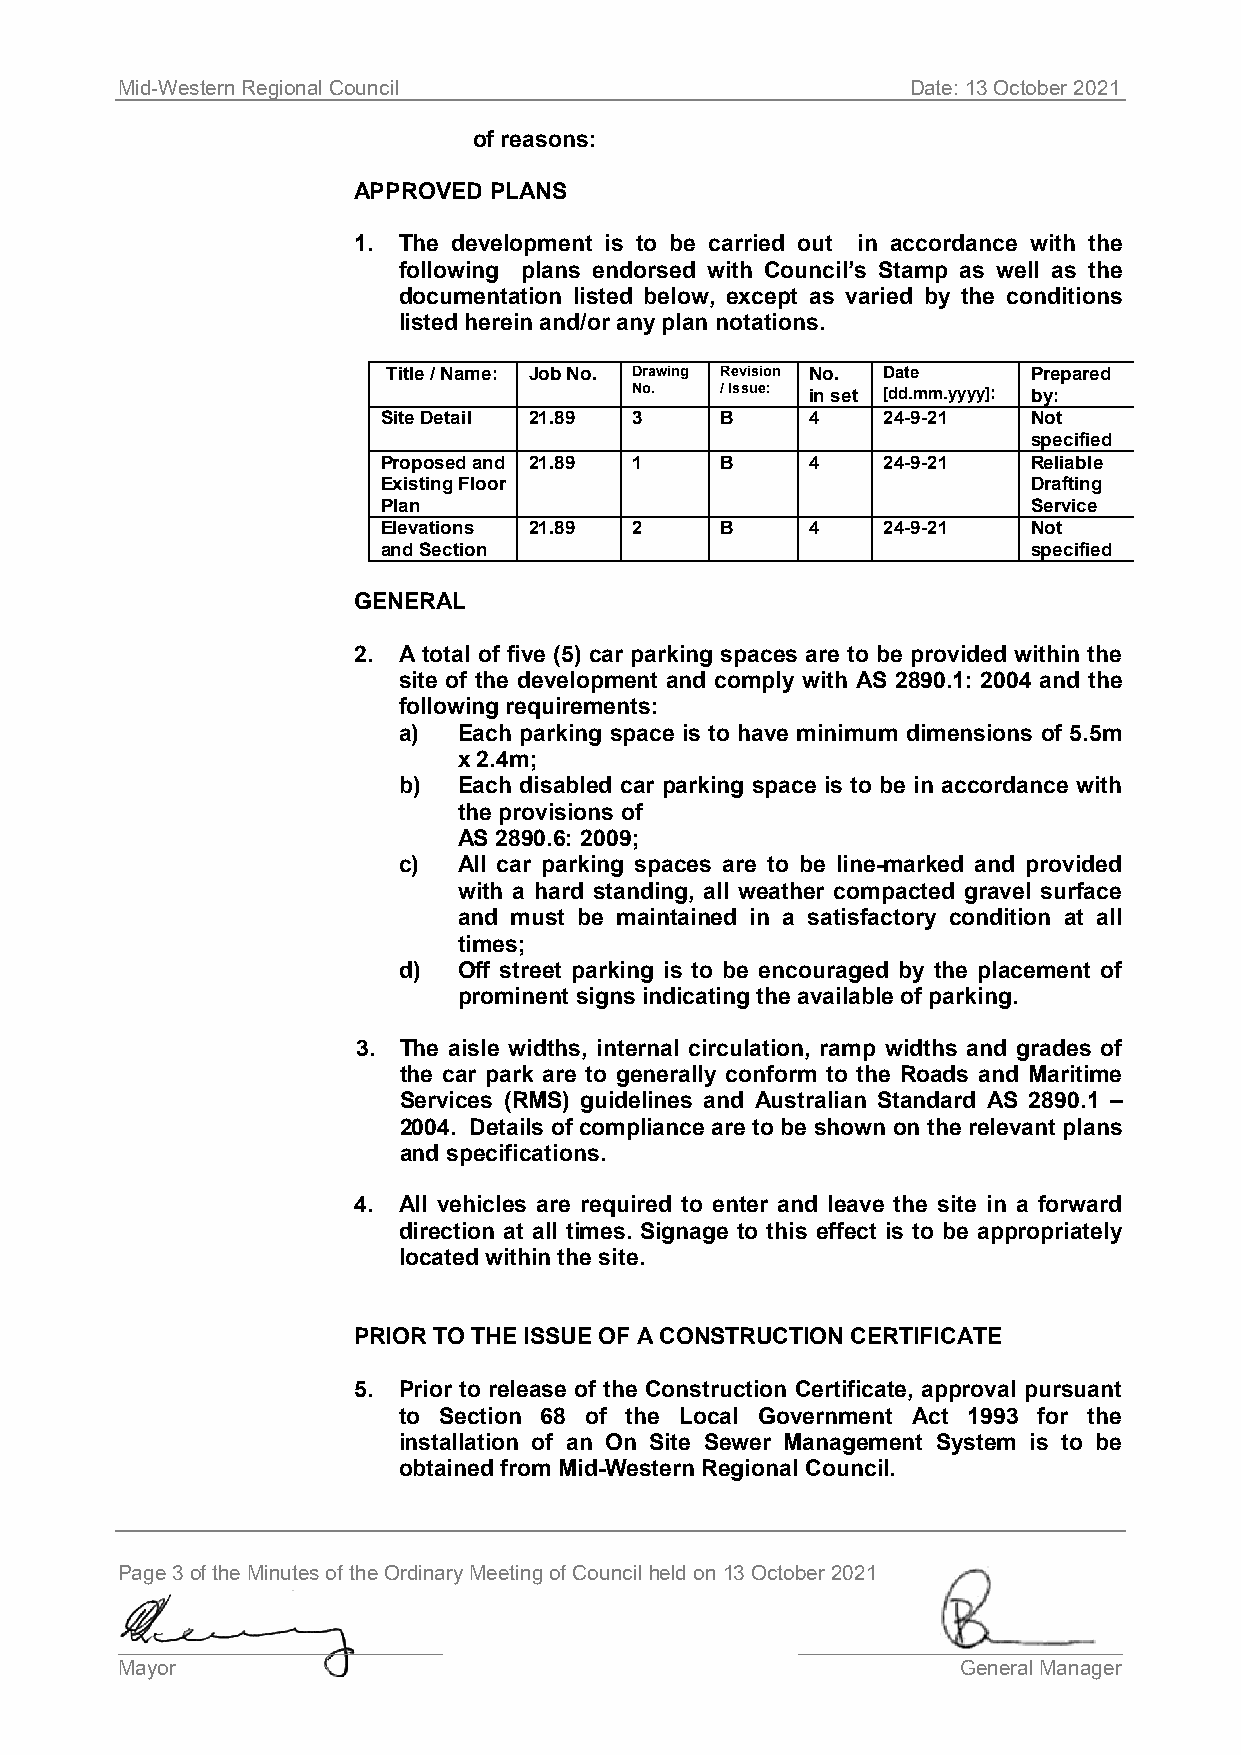
Mid-Western Regional Council                        Date: 13 October 2021
 of reasons:
 APPROVED PLANS
 1. The development is to be carried out in accordance with the
 following plans endorsed with Council’s Stamp as well as the
 documentation listed below, except as varied by the conditions
 listed herein and/or any plan notations.
 Title / Name: Job No. Drawing Revision No. Date Prepared
 No.   / Issue: in set [dd.mm.yyyy]: by:
 Site Detail 21.89 3    B     4   24-9-21   Not
 specified
 Proposed and 21.89 1   B     4   24-9-21   Reliable
 Existing Floor                             Drafting
 Plan                                       Service
 Elevations 21.89 2     B     4   24-9-21   Not
 and Section                                specified
 GENERAL
 2. A total of five (5) car parking spaces are to be provided within the
 site of the development and comply with AS 2890.1: 2004 and the
 following requirements:
 a)  Each parking space is to have minimum dimensions of 5.5m
 x 2.4m;
 b)  Each disabled car parking space is to be in accordance with
 the provisions of
 AS 2890.6: 2009;
 c)  All car parking spaces are to be line-marked and provided
 with a hard standing, all weather compacted gravel surface
 and must be maintained in a satisfactory condition at all
 times;
 d)  Off street parking is to be encouraged by the placement of
 prominent signs indicating the available of parking.
 3. The aisle widths, internal circulation, ramp widths and grades of
 the car park are to generally conform to the Roads and Maritime
 Services (RMS) guidelines and Australian Standard AS 2890.1 –
 2004. Details of compliance are to be shown on the relevant plans
 and specifications.
 4. All vehicles are required to enter and leave the site in a forward
 direction at all times. Signage to this effect is to be appropriately
 located within the site.
 PRIOR TO THE ISSUE OF A CONSTRUCTION CERTIFICATE
 5. Prior to release of the Construction Certificate, approval pursuant
 to Section 68 of the Local Government Act 1993 for the
 installation of an On Site Sewer Management System is to be
 obtained from Mid-Western Regional Council.
 Page 3 of the Minutes of the Ordinary Meeting of Council held on 13 October 2021
 ____________________________                 ____________________________
 Mayor                                                   General Manager